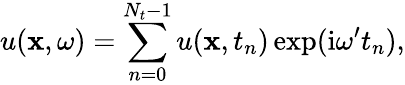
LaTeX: u(\mathbf{x},\omega)=\sum_{n=0}^{N_{t}-1}u(\mathbf{x},t_{n})\exp(\mathrm{i}\omega^{\prime}t_{n}),